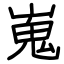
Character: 嵬